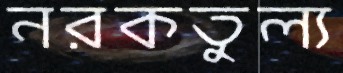
নরকতুল্য